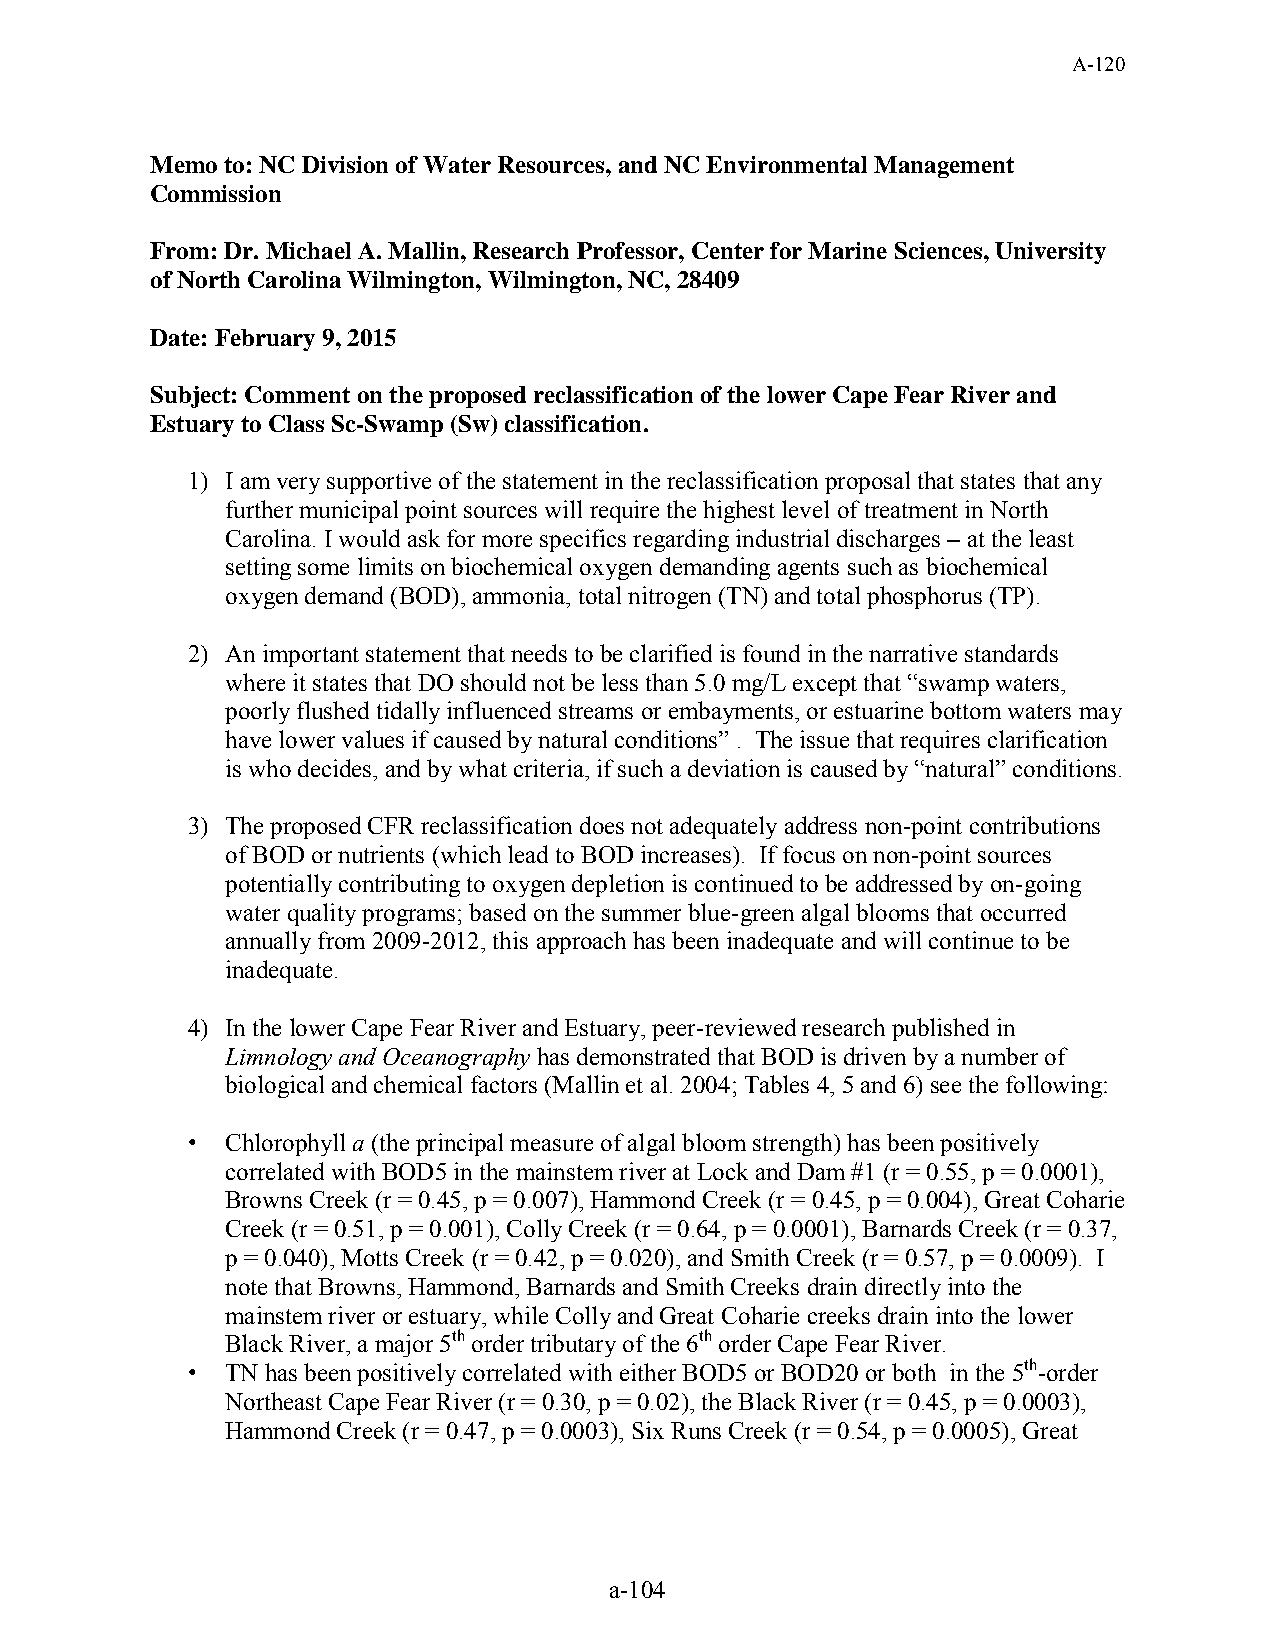
A-120
 Memo to: NC Division of Water Resources, and NC Environmental Management
 Commission
 From: Dr. Michael A. Mallin, Research Professor, Center for Marine Sciences, University
 of North Carolina Wilmington, Wilmington, NC, 28409
 Date: February 9, 2015
 Subject: Comment on the proposed reclassification of the lower Cape Fear River and
 Estuary to Class Sc-Swamp (Sw) classification.
 1) I am very supportive of the statement in the reclassification proposal that states that any
 further municipal point sources will require the highest level of treatment in North
 Carolina. I would ask for more specifics regarding industrial discharges – at the least
 setting some limits on biochemical oxygen demanding agents such as biochemical
 oxygen demand (BOD), ammonia, total nitrogen (TN) and total phosphorus (TP).
 2) An important statement that needs to be clarified is found in the narrative standards
 where it states that DO should not be less than 5.0 mg/L except that “swamp waters,
 poorly flushed tidally influenced streams or embayments, or estuarine bottom waters may
 have lower values if caused by natural conditions” . The issue that requires clarification
 is who decides, and by what criteria, if such a deviation is caused by “natural” conditions.
 3) The proposed CFR reclassification does not adequately address non-point contributions
 of BOD or nutrients (which lead to BOD increases). If focus on non-point sources
 potentially contributing to oxygen depletion is continued to be addressed by on-going
 water quality programs; based on the summer blue-green algal blooms that occurred
 annually from 2009-2012, this approach has been inadequate and will continue to be
 inadequate.
 4) In the lower Cape Fear River and Estuary, peer-reviewed research published in
 Limnology and Oceanography has demonstrated that BOD is driven by a number of
 biological and chemical factors (Mallin et al. 2004; Tables 4, 5 and 6) see the following:
 •  Chlorophyll a (the principal measure of algal bloom strength) has been positively
 correlated with BOD5 in the mainstem river at Lock and Dam #1 (r = 0.55, p = 0.0001),
 Browns Creek (r = 0.45, p = 0.007), Hammond Creek (r = 0.45, p = 0.004), Great Coharie
 Creek (r = 0.51, p = 0.001), Colly Creek (r = 0.64, p = 0.0001), Barnards Creek (r = 0.37,
 p = 0.040), Motts Creek (r = 0.42, p = 0.020), and Smith Creek (r = 0.57, p = 0.0009). I
 note that Browns, Hammond, Barnards and Smith Creeks drain directly into the
 mainstem river or estuary, while Colly and Great Coharie creeks drain into the lower
 Black River, a major 5th order tributary of the 6th order Cape Fear River.
 •  TN has been positively correlated with either BOD5 or BOD20 or both in the 5th-order
 Northeast Cape Fear River (r = 0.30, p = 0.02), the Black River (r = 0.45, p = 0.0003),
 Hammond Creek (r = 0.47, p = 0.0003), Six Runs Creek (r = 0.54, p = 0.0005), Great
 a-104